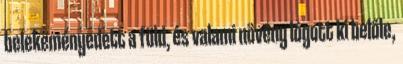
belekeményedett a föld, és valami növény lógott ki belőle,